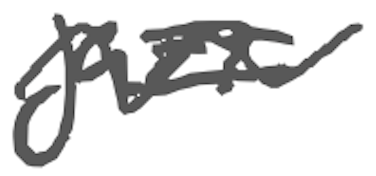
Text: jazz
Cross-out: wave
Writing tool: digital_gray